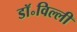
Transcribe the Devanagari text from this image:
डॉ॰विल्ली